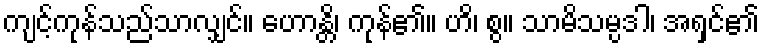
ကျင့်ကုန်သည်သာလျှင်။ ဟောန္တိ၊ ကုန်၏။ ဟိ၊ စွ။ သာမိသမ္ပဒါ၊ အရှင်၏